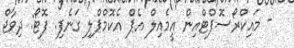
- މައިކްރޯސޮފްޓްއިން އީމެއިލް އެޕް އެކޮމްޕްލި ގަނެފި. ފޮޓޯ: ދިވާޖް